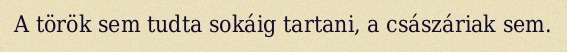
A török sem tudta sokáig tartani, a császáriak sem.